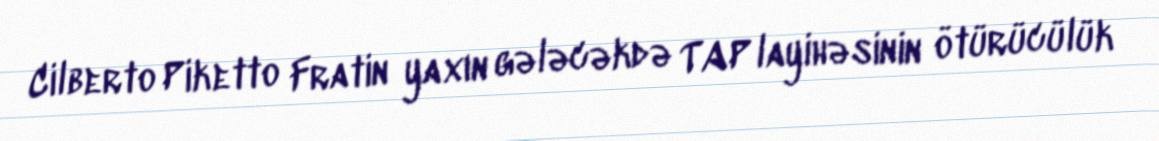
Cilberto Piketto Fratin yaxın gələcəkdə TAP layihəsinin ötürücülük